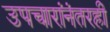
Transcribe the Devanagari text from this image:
उपचारांनंतरही